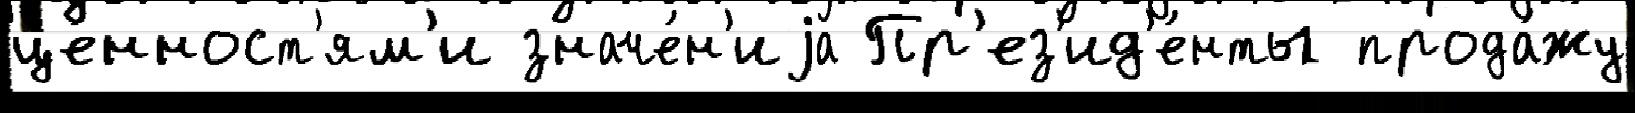
це́нност'ям'и значе́н'иjа Пр'ез'ид'е́нты прода́жу